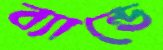
ব্যান্ডে